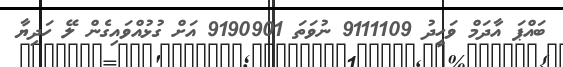
ބައްޕަ އާދަމް ވަހީދު 9111109 ނުވަތަ 9190901 އަށް ގުޅުއްވައިގެން ލޭ ހަދިޔާ